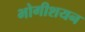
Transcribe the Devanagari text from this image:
भोगीशयन